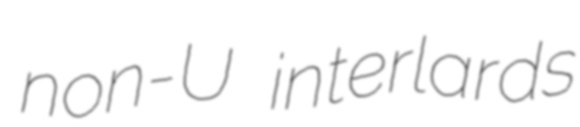
non-U interlards